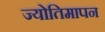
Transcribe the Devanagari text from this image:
ज्योतिमापन